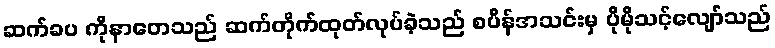
ဆက်ခပ ကိုနာတေသည် ဆက်တိုက်ထုတ်လုပ်ခဲ့သည် စပိန်အသင်းမှ ပိုမိုသင့်လျော်သည်